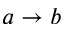
a \rightarrow b